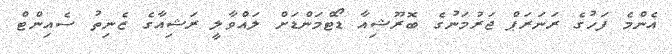
އެންމެ ފަހުގެ ރަނަރަޕް ޖަރުމަނުގެ ބޮރޫޝިއާ ޑޯޓްމަންޑަށް ލައްވާލީ ރަޝިއާގެ ޒެނިތު ސެއިންޓް